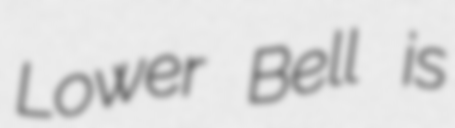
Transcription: Lower Bell is